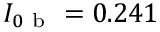
I _ { 0 \mathrm { ~ b ~ } } = 0 . 2 4 1